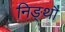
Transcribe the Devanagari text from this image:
निङ्थौ